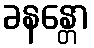
ခနန္တော